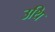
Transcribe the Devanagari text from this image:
उथि